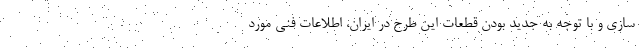
سازی و با توجه به جدید بودن قطعات این طرح در ایران، اطلاعات فنی مورد